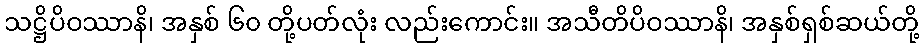
သဋ္ဌိပိဝဿာနိ၊ အနှစ် ၆၀ တို့ပတ်လုံး လည်းကောင်း။ အသီတိပိဝဿာနိ၊ အနှစ်ရှစ်ဆယ်တို့